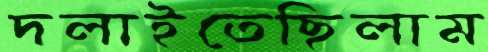
দলাইতেছিলাম